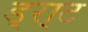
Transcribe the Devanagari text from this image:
ड्रा्ट